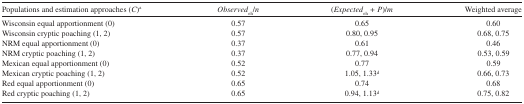
<table><thead><tr><td><b>Populations and estimation approaches (<i>C</i>)<sup>a</sup></b></td><td><b><i>Observed</i><sub>oh</sub>/<i>n</i></b></td><td><b>(<i>Expected</i><sub>oh</sub><i>+ P</i>)/<i>m</i></b></td><td><b>Weighted average</b></td></tr></thead><tbody><tr><td>Wisconsin equal apportionment (0)</td><td>0.57</td><td>0.65</td><td>0.60</td></tr><tr><td>Wisconsin cryptic poaching (1, 2)</td><td>0.57</td><td>0.80, 0.95</td><td>0.68, 0.75</td></tr><tr><td>NRM equal apportionment (0)</td><td>0.37</td><td>0.61</td><td>0.46</td></tr><tr><td>NRM cryptic poaching (1, 2)</td><td>0.37</td><td>0.77, 0.94</td><td>0.53, 0.59</td></tr><tr><td>Mexican equal apportionment (0)</td><td>0.52</td><td>0.77</td><td>0.59</td></tr><tr><td>Mexican cryptic poaching (1, 2)</td><td>0.52</td><td>1.05, 1.33<sup>d</sup></td><td>0.66, 0.73</td></tr><tr><td>Red equal apportionment (0)</td><td>0.65</td><td>0.74</td><td>0.68</td></tr><tr><td>Red cryptic poaching (1, 2)</td><td>0.65</td><td>0.94, 1.13<sup>d</sup></td><td>0.75, 0.82</td></tr></tbody></table>